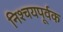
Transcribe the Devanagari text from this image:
निश्‍चयपूर्वक